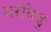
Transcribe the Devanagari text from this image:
अरविडु